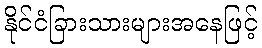
နိုင်ငံခြားသားများအနေဖြင့်